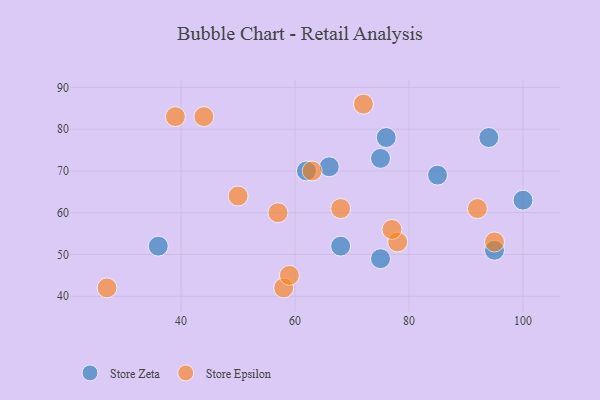
{"axis": {"x": "GDP", "y": "Life Expectancy"}, "legend": ["Store Epsilon", "Store Zeta"], "data": [{"x": "94", "y": 78, "type": "Store Zeta"}, {"x": "100", "y": 63, "type": "Store Zeta"}, {"x": "76", "y": 78, "type": "Store Zeta"}, {"x": "36", "y": 52, "type": "Store Zeta"}, {"x": "85", "y": 69, "type": "Store Zeta"}, {"x": "62", "y": 70, "type": "Store Zeta"}, {"x": "66", "y": 71, "type": "Store Zeta"}, {"x": "75", "y": 49, "type": "Store Zeta"}, {"x": "95", "y": 51, "type": "Store Zeta"}, {"x": "75", "y": 73, "type": "Store Zeta"}, {"x": "68", "y": 52, "type": "Store Zeta"}, {"x": "63", "y": 70, "type": "Store Epsilon"}, {"x": "57", "y": 60, "type": "Store Epsilon"}, {"x": "78", "y": 53, "type": "Store Epsilon"}, {"x": "58", "y": 42, "type": "Store Epsilon"}, {"x": "68", "y": 61, "type": "Store Epsilon"}, {"x": "95", "y": 53, "type": "Store Epsilon"}, {"x": "77", "y": 56, "type": "Store Epsilon"}, {"x": "27", "y": 42, "type": "Store Epsilon"}, {"x": "50", "y": 64, "type": "Store Epsilon"}, {"x": "59", "y": 45, "type": "Store Epsilon"}, {"x": "92", "y": 61, "type": "Store Epsilon"}, {"x": "39", "y": 83, "type": "Store Epsilon"}, {"x": "44", "y": 83, "type": "Store Epsilon"}, {"x": "72", "y": 86, "type": "Store Epsilon"}]}